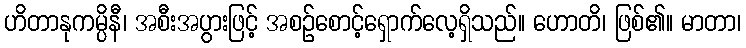
ဟိတာနုကမ္ပိနီ၊ အစီးအပွားဖြင့် အစဉ်စောင့်ရှောက်လေ့ရှိသည်။ ဟောတိ၊ ဖြစ်၏။ မာတာ၊